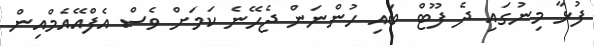
ފުޅާ މިނުގައި ދެ ފޫޓް ބައި ހުންނަން ޖެހޭނެ ކަމަށް ވެސް އެފްއޭއެމްއިން